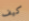
كيف